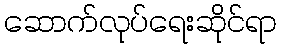
ဆောက်လုပ်ရေးဆိုင်ရာ